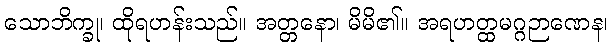
သောဘိက္ခု၊ ထိုရဟန်းသည်။ အတ္တနော၊ မိမိ၏။ အရဟတ္ထမဂ္ဂဉာဏေန၊